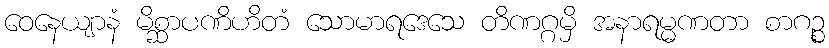
ဝေနေယျာနံ မိစ္ဆာပဏိဟိတံ သောမာရဒေသေ တိဏဂ္ဂမှိ အနာရမ္မဏတာ စာဂဉ္စ